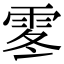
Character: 𩂓